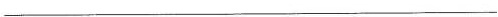
___